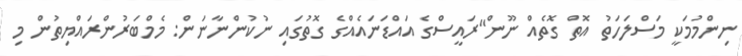
ނިންމުމަކީ މަސްލަހަތު އޮތް ގޮތެއް ނޫން"ރައީސްގެ އައްޑަނައެއްގެ ގޮތުގައި ނުކުންނާނަން: މެމްބަރުންރައްޔިތުން މި